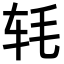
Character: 𬨁